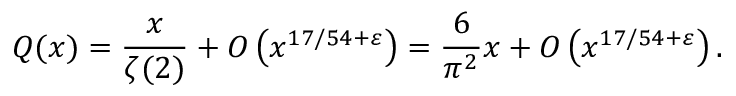
Q ( x ) = { \frac { x } { \zeta ( 2 ) } } + O \left( x ^ { 1 7 / 5 4 + \varepsilon } \right) = { \frac { 6 } { \pi ^ { 2 } } } x + O \left( x ^ { 1 7 / 5 4 + \varepsilon } \right) .